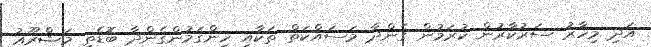
އަދި މިހާރު ސަރުކާރުން ކުރަމުން ގެންދާ މަސައްކަތް ތަކާއި ހިންގަމުންގެންދާ ބޮޑެތި މަޝްރޫޢު